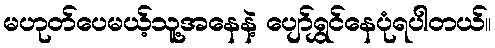
မဟုတ်ပေမယ့်သူ့အနေနဲ့ ပျော်ရွှင်နေပုံရပါတယ်။